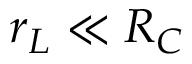
r _ { L } \ll R _ { C }